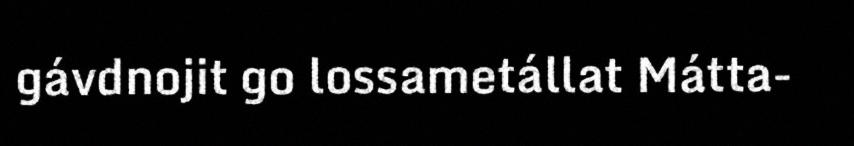
gávdnojit go lossametállat Mátta-